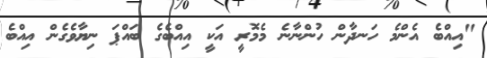
"އިއްބެ އެންމެ ހަނދާން ހުންނާނެ މެމޮރީ އަކީ އިއްބެގެ ބައްޕަ ނިޔާވެގެން އިއްބެ